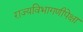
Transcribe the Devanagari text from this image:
राज्यविभागणीपेक्षा